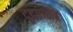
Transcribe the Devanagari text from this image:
दृढप्रारोहः